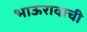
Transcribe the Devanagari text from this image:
भाऊरावाची